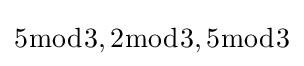
5{\bmod {3}},2{\bmod {3}},5{\bmod {3}}